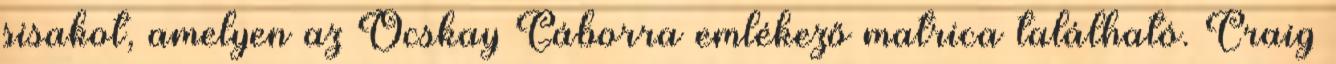
sisakot, amelyen az Ocskay Gáborra emlékező matrica található. Craig